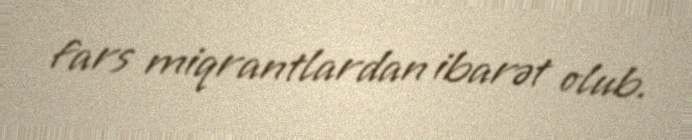
fars miqrantlardan ibarət olub.